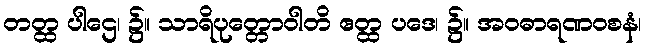
တတ္ထ ပါဌေ၊ ၌။ သာရိပုတ္တောဝါတိ ဧတ္ထ ပဒေ၊ ၌။ အဝဓာရဏဝစနံ၊